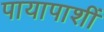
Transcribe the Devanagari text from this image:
पायापाशीं